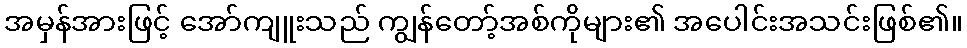
အမှန်အားဖြင့် အော်ကျူးသည် ကျွန်တော့်အစ်ကိုများ၏ အပေါင်းအသင်းဖြစ်၏။